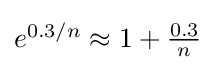
{\textstyle e^{0{.}3/n}\approx 1+{\frac {0{.}3}{n}}}